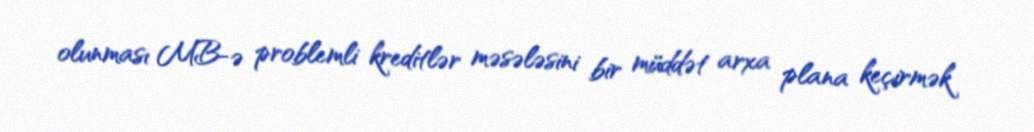
olunması MB-ə problemli kreditlər məsələsini bir müddət arxa plana keçirmək